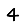
Digit: 4